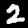
Label: 2